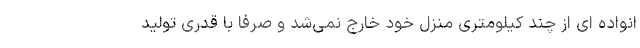
انواده­ ای از چند کیلومتری منزل خود خارج نمی­شد و صرفاً با قدری تولید